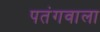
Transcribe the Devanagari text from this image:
पतंगवाला